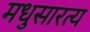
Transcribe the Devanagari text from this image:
मधुसारत्य